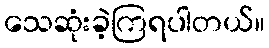
သေဆုံးခဲ့ကြရပါတယ်။